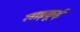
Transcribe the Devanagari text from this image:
लाड़कूई